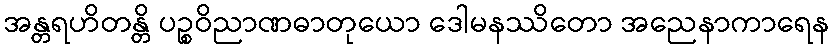
အန္တရဟိတန္တိ ပဉ္စဝိညာဏဓာတုယော ဒေါမနဿိတော အညေနာကာရေန